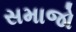
સમાજો